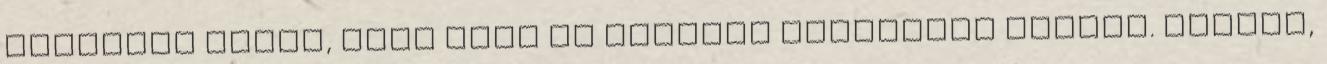
olyannak tűnik, mint maga az Európai Bizottság elnöke. Fáradt,